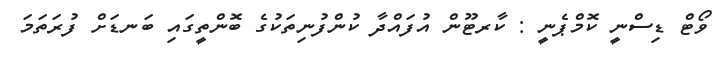
ވޯޓް ޑިސްނީ ކޮމްޕެނީ : ކާރޓޫން އުފައްދާ ކުންފުނިތަކުގެ ބޮންތީގައި ބަނޑަށް ފުރަތަމަ